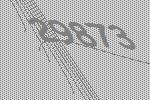
29873